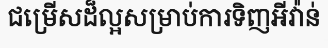
ជម្រើសដ៏ល្អសម្រាប់ការទិញអីវ៉ាន់